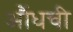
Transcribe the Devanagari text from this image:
औंधची